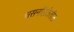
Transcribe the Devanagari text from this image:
श्वसनलिकेतील